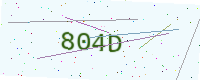
Text: 804D